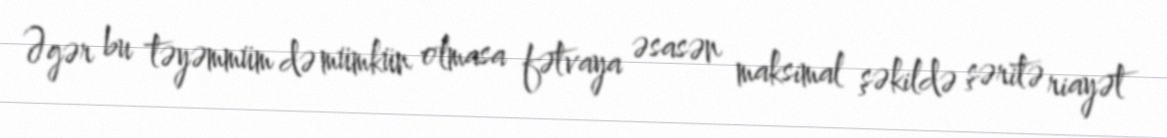
Əgər bu təyəmmüm də mümkün olmasa fətvaya əsasən maksimal şəkildə şəritə riayət